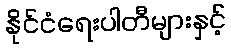
နိုင်ငံရေးပါတီများနှင့်